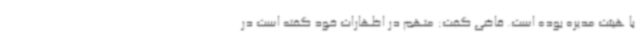
با هیئت مدیره بوده است. قاضی گفت: متهم در اظهارات خود گفته است در